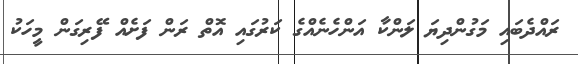
ރައްދެބައި މަގުންދިޔަ ލަންކާ އަންހެނެއްގެ ކަރުގައި އޮތް ރަން ފަށެއް ފޭރިގަން މީހަކު